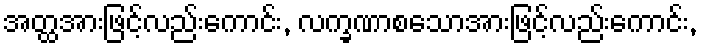
အတ္ထအားဖြင့်လည်းကောင်း, လက္ခဏာစသောအားဖြင့်လည်းကောင်း,